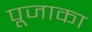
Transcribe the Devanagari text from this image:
पूजाका